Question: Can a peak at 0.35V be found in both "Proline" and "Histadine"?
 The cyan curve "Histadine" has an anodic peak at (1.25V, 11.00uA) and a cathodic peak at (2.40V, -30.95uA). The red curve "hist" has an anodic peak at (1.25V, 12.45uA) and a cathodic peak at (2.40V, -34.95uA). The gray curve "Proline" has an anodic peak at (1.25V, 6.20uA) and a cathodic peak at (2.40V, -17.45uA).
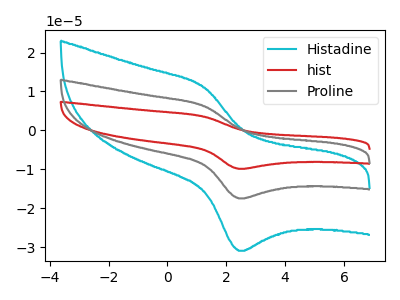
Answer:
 <answer>No, "Proline" and "Histadine" dont share a peak at 0.35V.</answer>
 <eval>mismatch</eval>